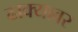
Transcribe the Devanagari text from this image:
ढाक्यावर